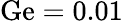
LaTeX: \mathrm{Ge}=0.01